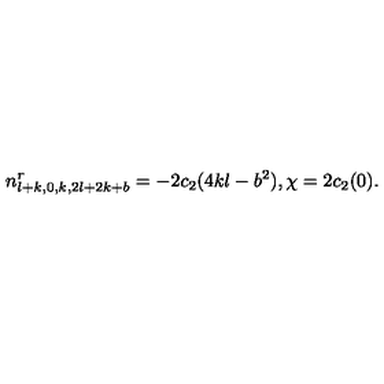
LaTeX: n _ { l + k , 0 , k , 2 l + 2 k + b } ^ { r } = - 2 c _ { 2 } ( 4 k l - b ^ { 2 } ) , \chi = 2 c _ { 2 } ( 0 ) .